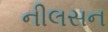
નીલસન